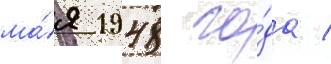
ма́я 1948 го́да /